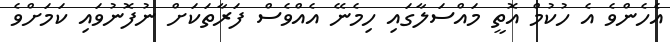
އެހެންވެ އެ ހުކުމް އޮތީ މައްސަލާގައި ހިމެނޭ އެއްވެސް ފަރާތަކަށް ނުފޮނުވައި ކަމަށްވެ